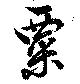
粟